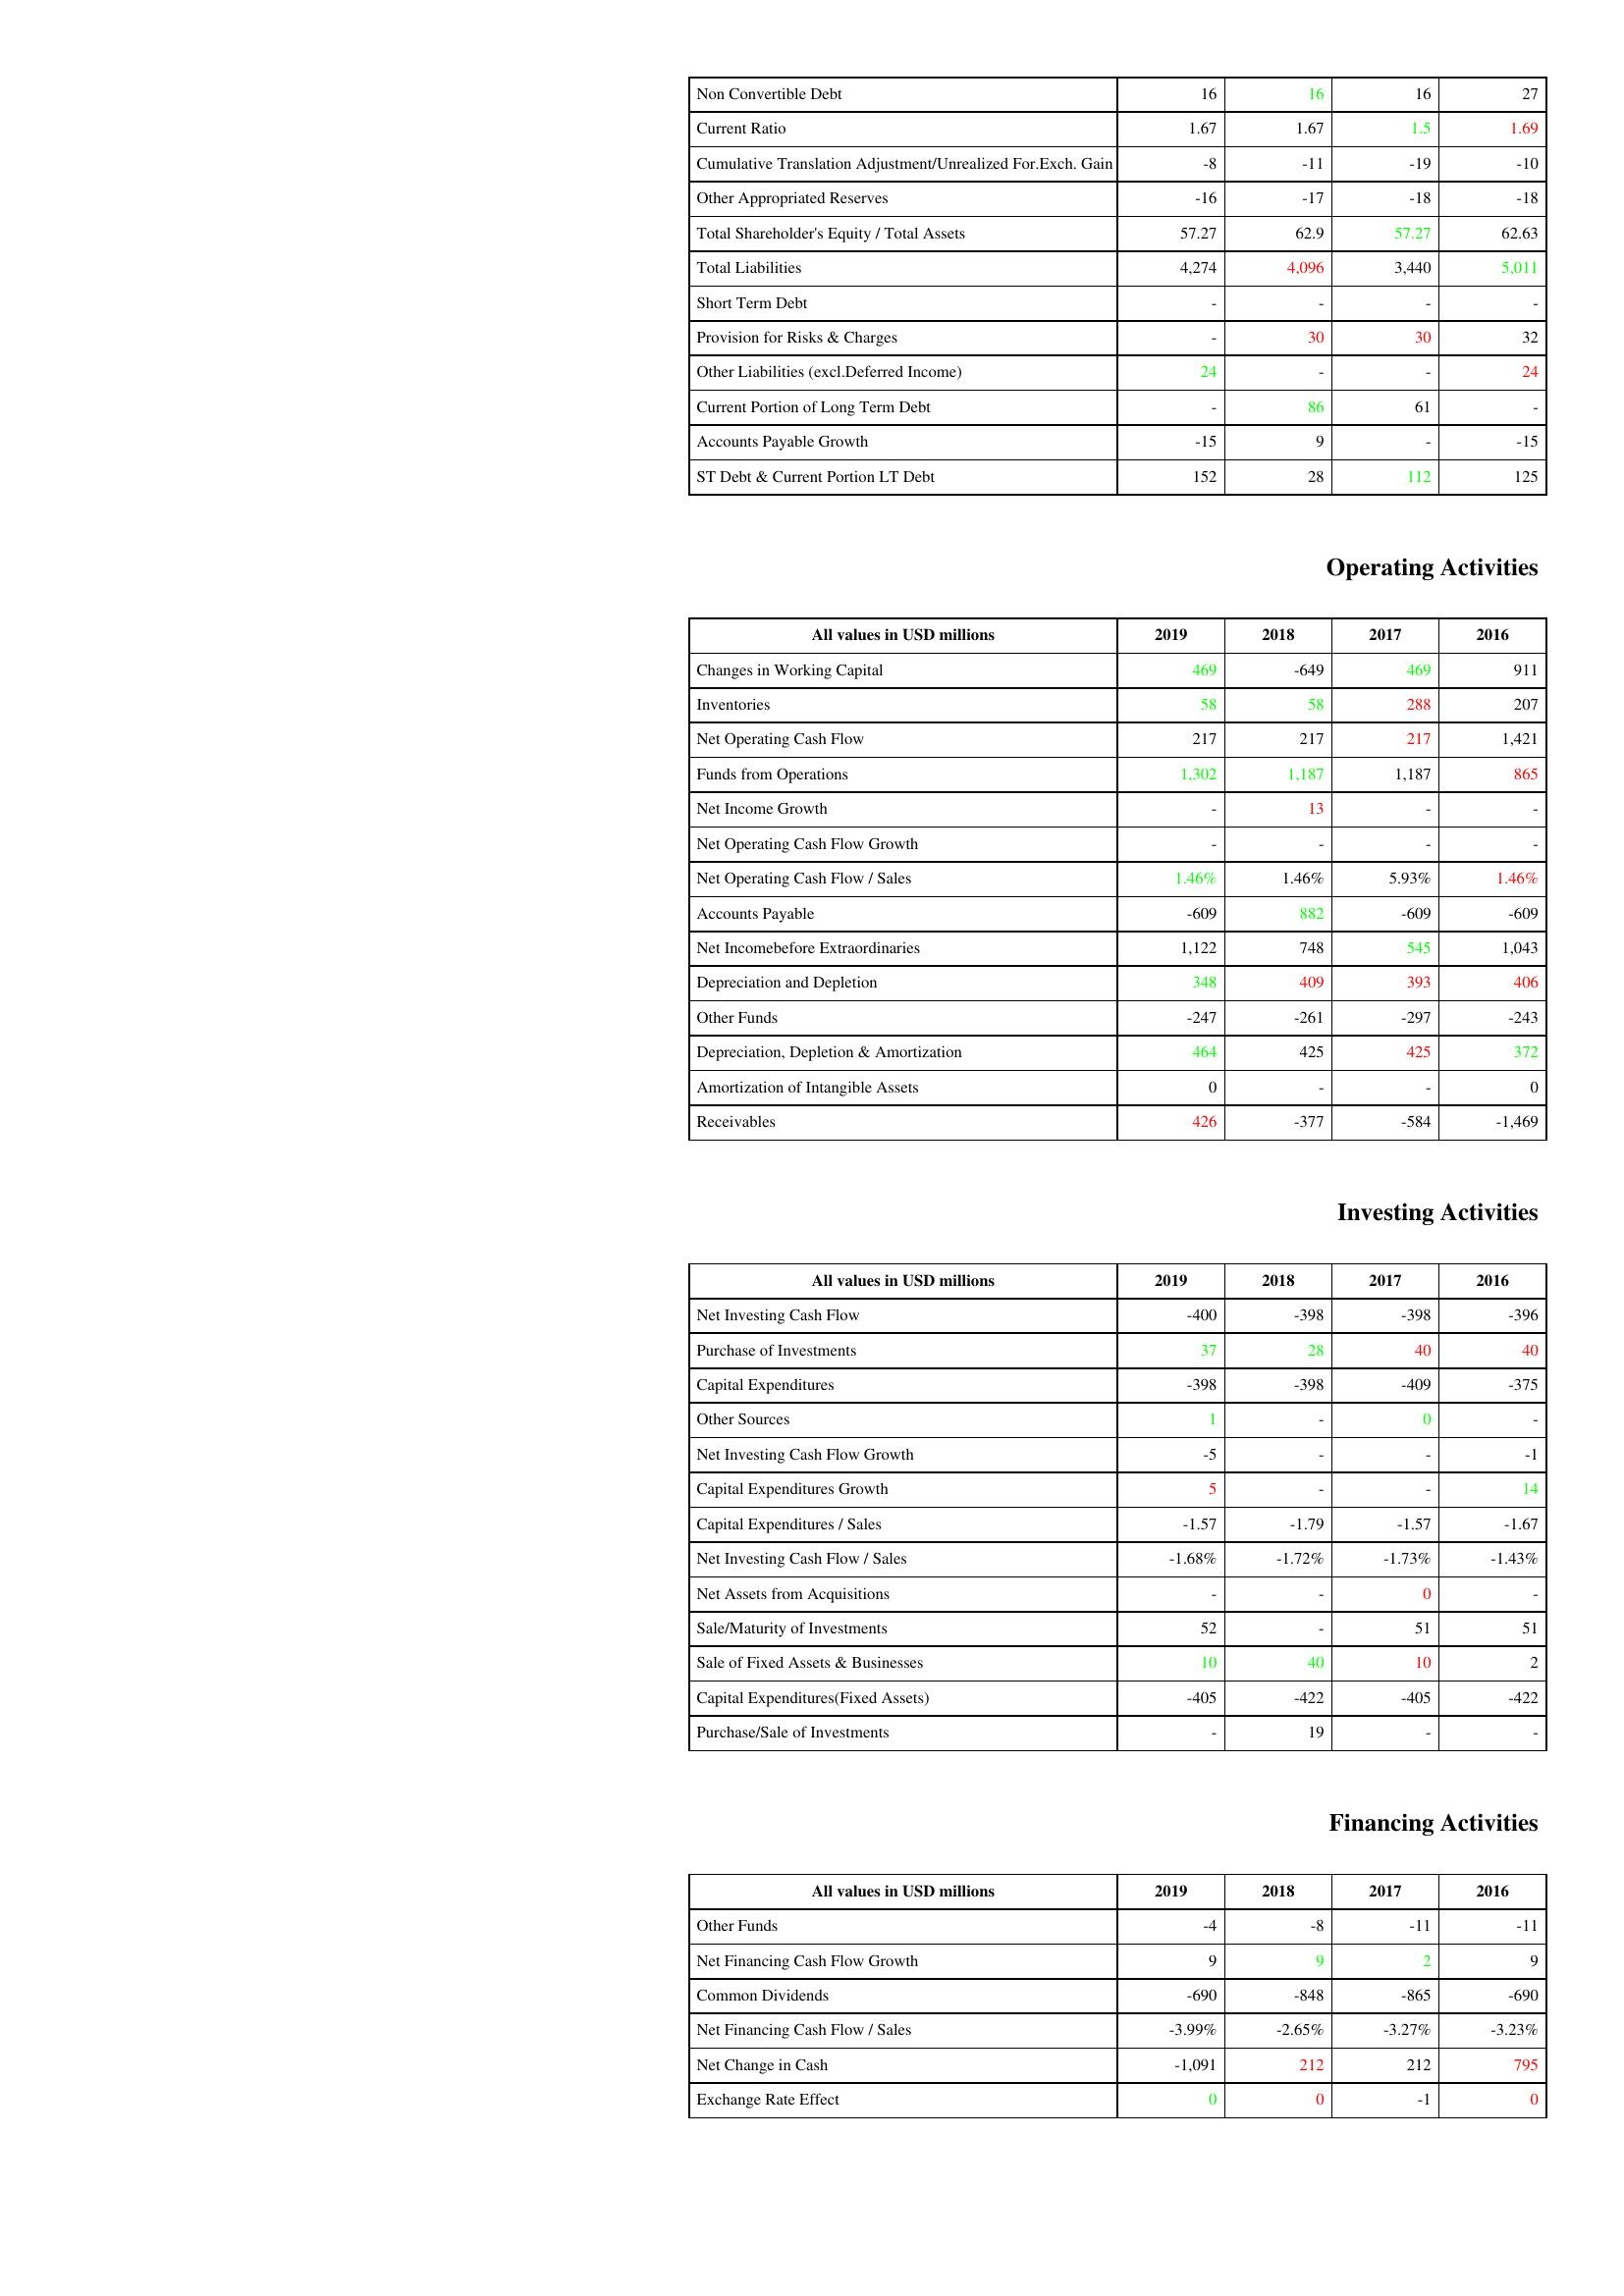
gt_parse: 2019: Liabilities & Shareholder's Equity: Non Convertible Debt: 16
Current Ratio: 1.67
Cumulative Translation Adjustment/Unrealized For.Exch. Gain: -8
Other Appropriated Reserves: -16
Total Shareholder's Equity / Total Assets: 57.27
Total Liabilities: 4,274
Short Term Debt: -
Provision for Risks & Charges: -
Other Liabilities (excl.Deferred Income): 24
Current Portion of Long Term Debt: -
Accounts Payable Growth: -15
ST Debt & Current Portion LT Debt: 152
Operating Activities: Changes in Working Capital: 469
Inventories: 58
Net Operating Cash Flow: 217
Funds from Operations: 1,302
Net Income Growth: -
Net Operating Cash Flow Growth: -
Net Operating Cash Flow / Sales: 1.46%
Accounts Payable: -609
Net Incomebefore Extraordinaries: 1,122
Depreciation and Depletion: 348
Other Funds: -247
Depreciation, Depletion & Amortization: 464
Amortization of Intangible Assets: 0
Receivables: 426
Investing Activities: Net Investing Cash Flow: -400
Purchase of Investments: 37
Capital Expenditures: -398
Other Sources: 1
Net Investing Cash Flow Growth: -5
Capital Expenditures Growth: 5
Capital Expenditures / Sales: -1.57
Net Investing Cash Flow / Sales: -1.68%
Net Assets from Acquisitions: -
Sale/Maturity of Investments: 52
Sale of Fixed Assets & Businesses: 10
Capital Expenditures(Fixed Assets): -405
Purchase/Sale of Investments: -
Financing Activities: Other Funds: -4
Net Financing Cash Flow Growth: 9
Common Dividends: -690
Net Financing Cash Flow / Sales: -3.99%
Net Change in Cash: -1,091
Exchange Rate Effect: 0
2018: Liabilities & Shareholder's Equity: Non Convertible Debt: 16
Current Ratio: 1.67
Cumulative Translation Adjustment/Unrealized For.Exch. Gain: -11
Other Appropriated Reserves: -17
Total Shareholder's Equity / Total Assets: 62.9
Total Liabilities: 4,096
Short Term Debt: -
Provision for Risks & Charges: 30
Other Liabilities (excl.Deferred Income): -
Current Portion of Long Term Debt: 86
Accounts Payable Growth: 9
ST Debt & Current Portion LT Debt: 28
Operating Activities: Changes in Working Capital: -649
Inventories: 58
Net Operating Cash Flow: 217
Funds from Operations: 1,187
Net Income Growth: 13
Net Operating Cash Flow Growth: -
Net Operating Cash Flow / Sales: 1.46%
Accounts Payable: 882
Net Incomebefore Extraordinaries: 748
Depreciation and Depletion: 409
Other Funds: -261
Depreciation, Depletion & Amortization: 425
Amortization of Intangible Assets: -
Receivables: -377
Investing Activities: Net Investing Cash Flow: -398
Purchase of Investments: 28
Capital Expenditures: -398
Other Sources: -
Net Investing Cash Flow Growth: -
Capital Expenditures Growth: -
Capital Expenditures / Sales: -1.79
Net Investing Cash Flow / Sales: -1.72%
Net Assets from Acquisitions: -
Sale/Maturity of Investments: -
Sale of Fixed Assets & Businesses: 40
Capital Expenditures(Fixed Assets): -422
Purchase/Sale of Investments: 19
Financing Activities: Other Funds: -8
Net Financing Cash Flow Growth: 9
Common Dividends: -848
Net Financing Cash Flow / Sales: -2.65%
Net Change in Cash: 212
Exchange Rate Effect: 0
2017: Liabilities & Shareholder's Equity: Non Convertible Debt: 16
Current Ratio: 1.5
Cumulative Translation Adjustment/Unrealized For.Exch. Gain: -19
Other Appropriated Reserves: -18
Total Shareholder's Equity / Total Assets: 57.27
Total Liabilities: 3,440
Short Term Debt: -
Provision for Risks & Charges: 30
Other Liabilities (excl.Deferred Income): -
Current Portion of Long Term Debt: 61
Accounts Payable Growth: -
ST Debt & Current Portion LT Debt: 112
Operating Activities: Changes in Working Capital: 469
Inventories: 288
Net Operating Cash Flow: 217
Funds from Operations: 1,187
Net Income Growth: -
Net Operating Cash Flow Growth: -
Net Operating Cash Flow / Sales: 5.93%
Accounts Payable: -609
Net Incomebefore Extraordinaries: 545
Depreciation and Depletion: 393
Other Funds: -297
Depreciation, Depletion & Amortization: 425
Amortization of Intangible Assets: -
Receivables: -584
Investing Activities: Net Investing Cash Flow: -398
Purchase of Investments: 40
Capital Expenditures: -409
Other Sources: 0
Net Investing Cash Flow Growth: -
Capital Expenditures Growth: -
Capital Expenditures / Sales: -1.57
Net Investing Cash Flow / Sales: -1.73%
Net Assets from Acquisitions: 0
Sale/Maturity of Investments: 51
Sale of Fixed Assets & Businesses: 10
Capital Expenditures(Fixed Assets): -405
Purchase/Sale of Investments: -
Financing Activities: Other Funds: -11
Net Financing Cash Flow Growth: 2
Common Dividends: -865
Net Financing Cash Flow / Sales: -3.27%
Net Change in Cash: 212
Exchange Rate Effect: -1
2016: Liabilities & Shareholder's Equity: Non Convertible Debt: 27
Current Ratio: 1.69
Cumulative Translation Adjustment/Unrealized For.Exch. Gain: -10
Other Appropriated Reserves: -18
Total Shareholder's Equity / Total Assets: 62.63
Total Liabilities: 5,011
Short Term Debt: -
Provision for Risks & Charges: 32
Other Liabilities (excl.Deferred Income): 24
Current Portion of Long Term Debt: -
Accounts Payable Growth: -15
ST Debt & Current Portion LT Debt: 125
Operating Activities: Changes in Working Capital: 911
Inventories: 207
Net Operating Cash Flow: 1,421
Funds from Operations: 865
Net Income Growth: -
Net Operating Cash Flow Growth: -
Net Operating Cash Flow / Sales: 1.46%
Accounts Payable: -609
Net Incomebefore Extraordinaries: 1,043
Depreciation and Depletion: 406
Other Funds: -243
Depreciation, Depletion & Amortization: 372
Amortization of Intangible Assets: 0
Receivables: -1,469
Investing Activities: Net Investing Cash Flow: -396
Purchase of Investments: 40
Capital Expenditures: -375
Other Sources: -
Net Investing Cash Flow Growth: -1
Capital Expenditures Growth: 14
Capital Expenditures / Sales: -1.67
Net Investing Cash Flow / Sales: -1.43%
Net Assets from Acquisitions: -
Sale/Maturity of Investments: 51
Sale of Fixed Assets & Businesses: 2
Capital Expenditures(Fixed Assets): -422
Purchase/Sale of Investments: -
Financing Activities: Other Funds: -11
Net Financing Cash Flow Growth: 9
Common Dividends: -690
Net Financing Cash Flow / Sales: -3.23%
Net Change in Cash: 795
Exchange Rate Effect: 0